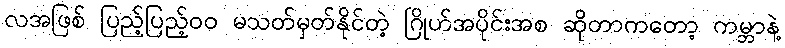
လအဖြစ် ပြည့်ပြည့်၀၀ မသတ်မှတ်နိုင်တဲ့ ဂြိုဟ်အပိုင်းအစ ဆိုတာကတော့ ကမ္ဘာနဲ့